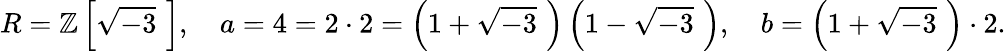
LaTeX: R=\mathbb{Z}\left[{\sqrt{-3}}\, \, \right],\quad a=4=2\cdot 2=\left(1+{\sqrt{-3}}\, \, \right)\left(1-{\sqrt{-3}}\, \, \right),\quad b=\left(1+{\sqrt{-3}}\, \, \right)\cdot 2.